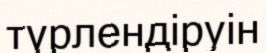
түрлендіруін